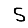
Digit: 5